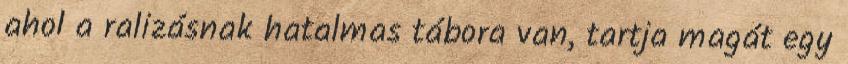
ahol a ralizásnak hatalmas tábora van, tartja magát egy